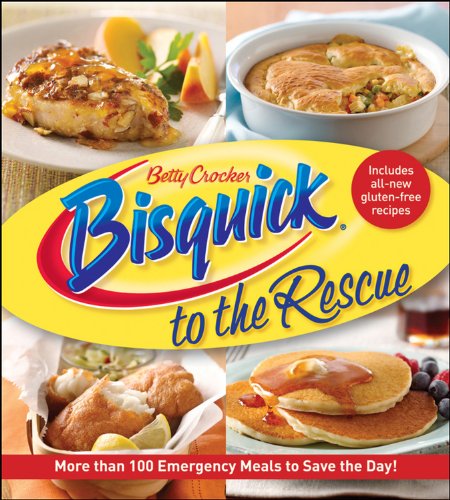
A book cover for Betty Crocker Bisquick to the Rescue (Betty Crocker Cooking); Betty Crocker; Cookbooks, Food & Wine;